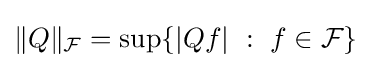
\|Q\|_{\mathcal {F}}=\sup\{\vert Qf\vert \ :\ f\in {\mathcal {F}}\}